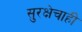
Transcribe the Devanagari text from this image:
सुरक्षेचाही